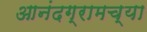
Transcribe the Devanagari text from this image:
आनंदग्रामच्या